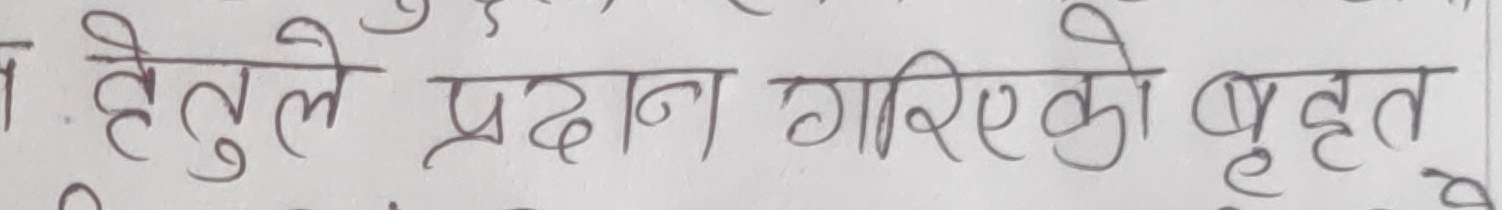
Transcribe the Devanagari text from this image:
हेतुले प्रदान गरिएको वृहत्